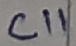
Text: C11